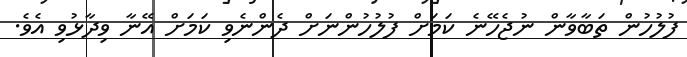
ފުލުހުން ތަބާވާން ނުޖެހޭނެ ކަމަށް ފުލުހުންނަށް ދެންނެވި ކަމަށް އޭނާ ވިދާޅުވި އެވެ.